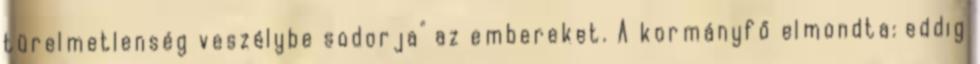
türelmetlenség veszélybe sodorja" az embereket. A kormányfő elmondta: eddig